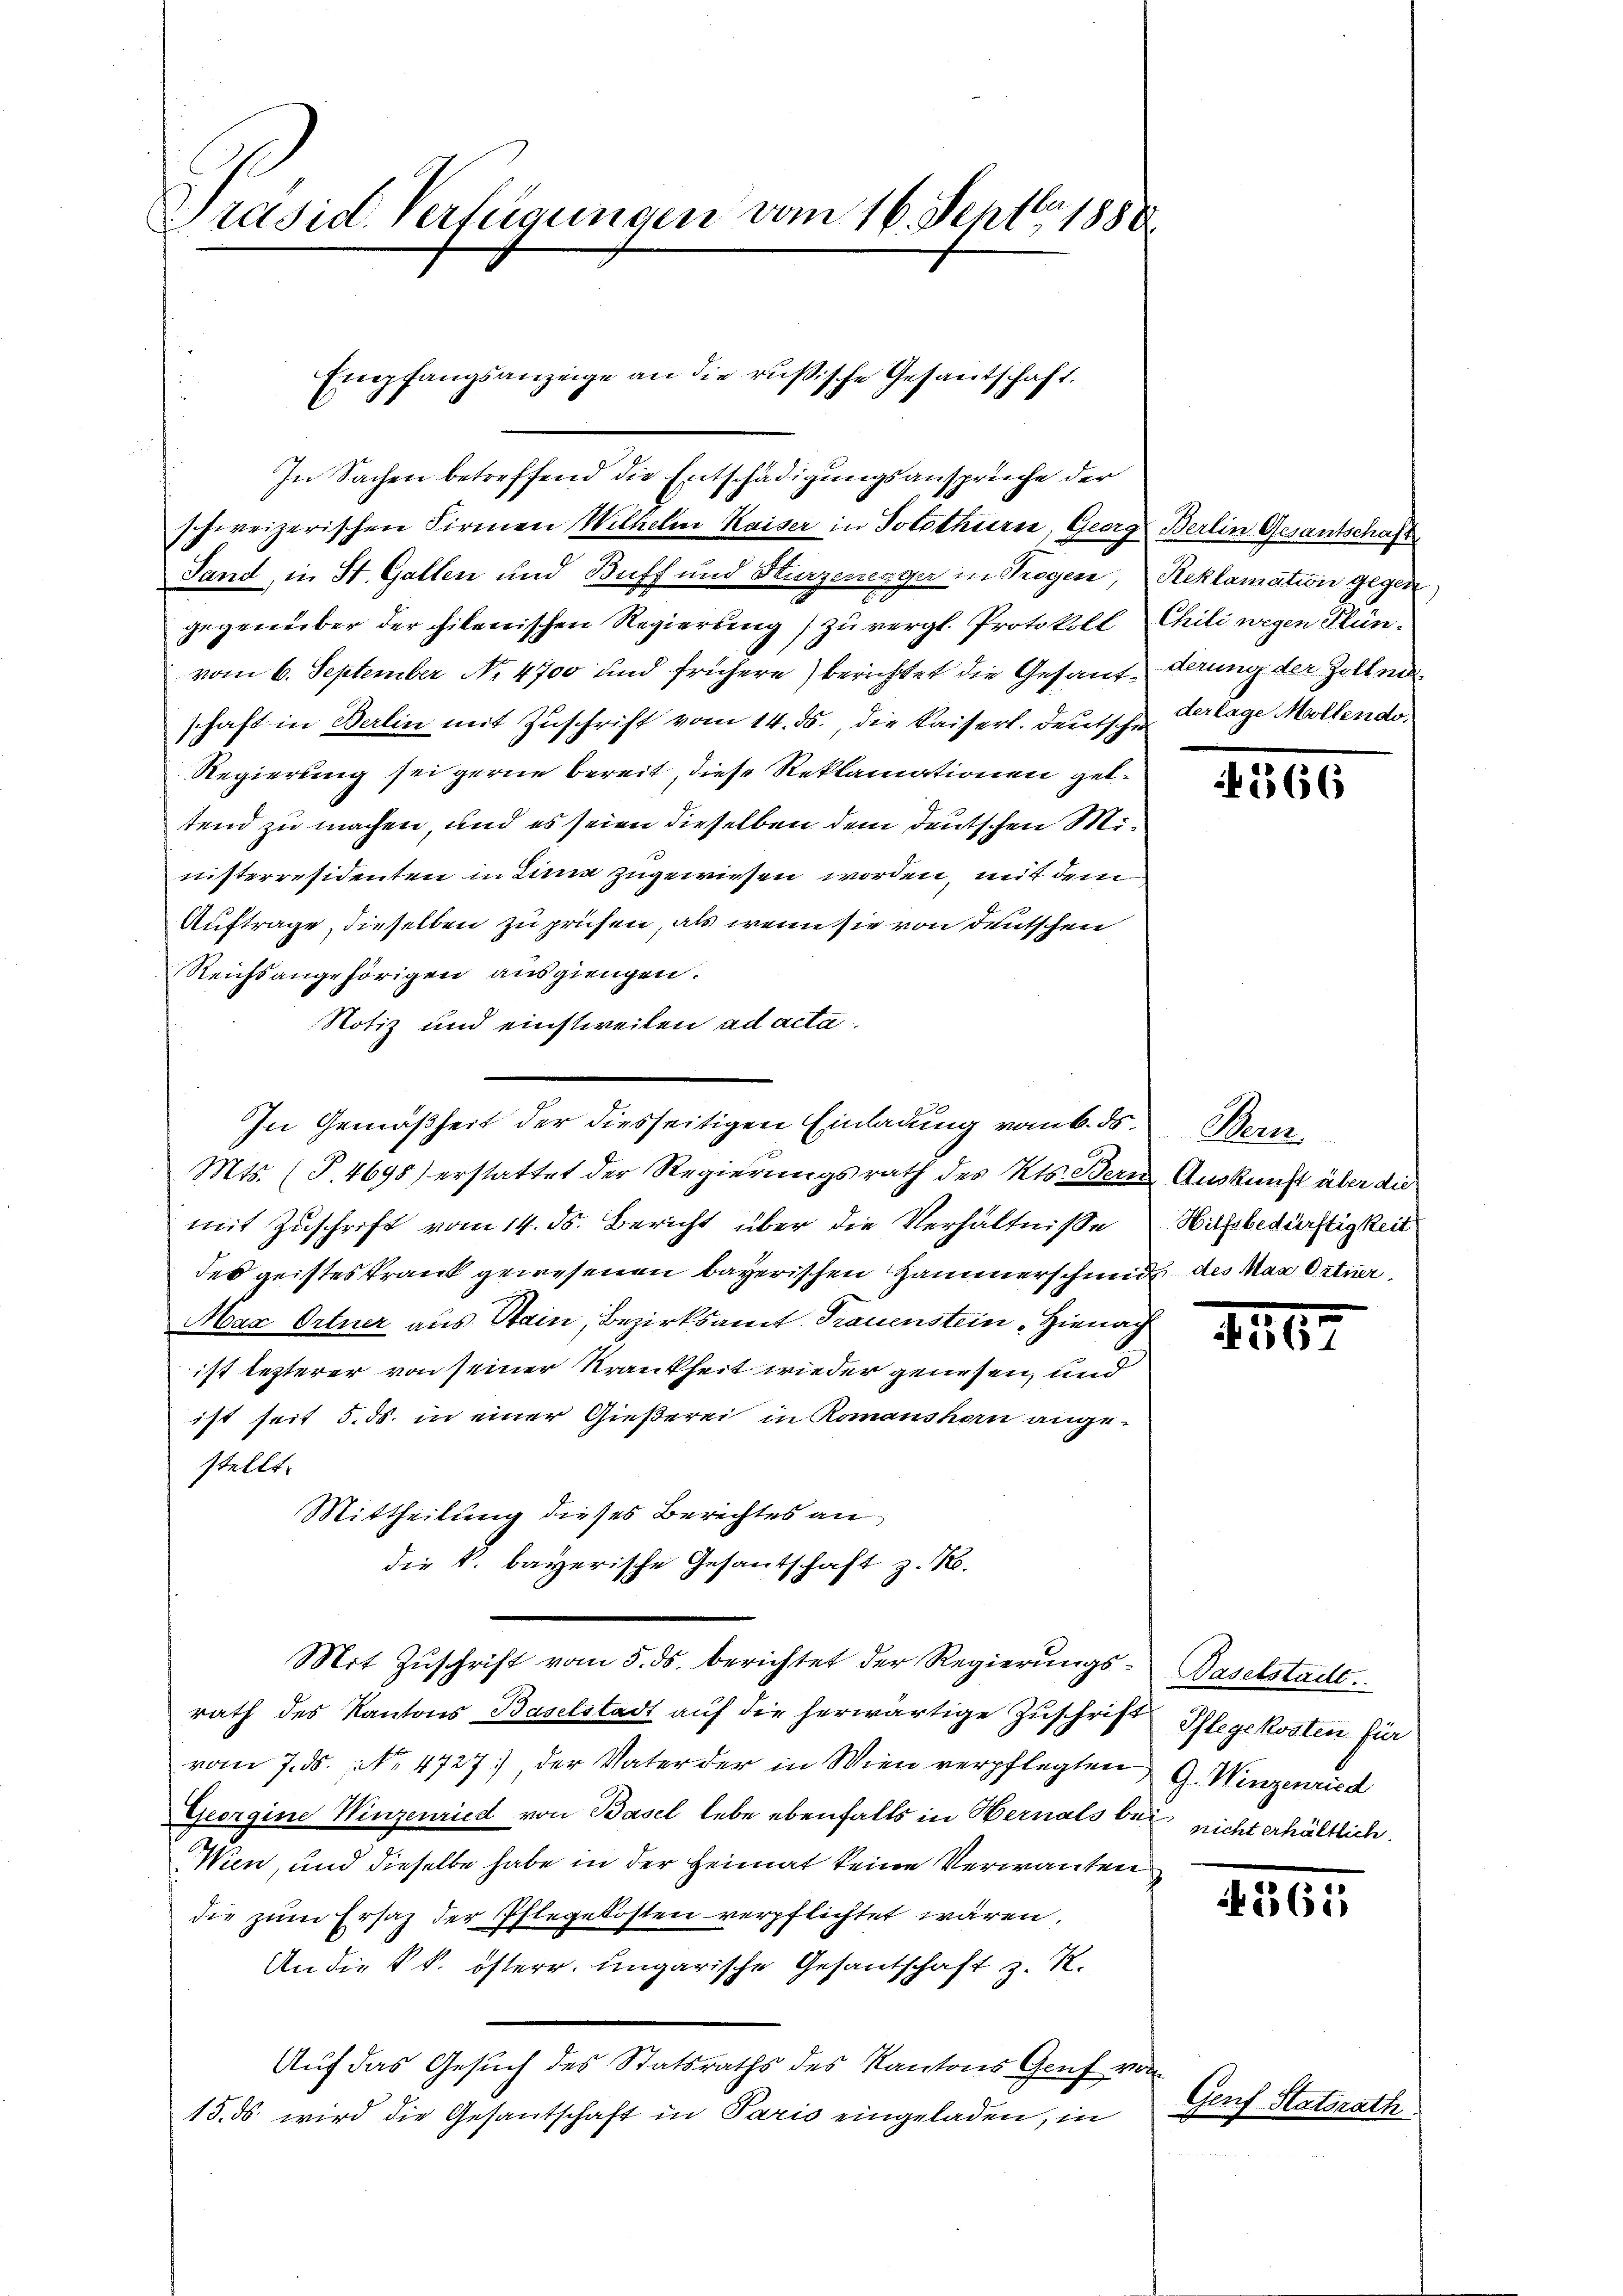
Präsid. Verfügungen vom 16. Septbr. 1888

Empfangsanzeige an die russische Gesantschaft.
In Sachen betreffend die Entschädigungsansprüche der

In Gemäßheit der diesseitigen Einladung vom 6. ds.

schweizerischen Firmen Wilhelm Kaiser in Solothurn, Georg Berlin Gesantschaft
Sand, in St. Gallen und Buff und Sturzenegger in Trogen, Reklamation gegen
gegenüber der hilenischen Regierung) zu vergl. Protokoll Chili wegen Plünvom 6. September No. 4700 und frühere) berichtet die Gesant darung der Zollenschaft in Berlin mit Zuschrift vom 14. ds., die kaiserl. deutsche Verlage Mollendo
Regierung sei gerne bereit, diese Reklamationen geb.
tend zu machen, und es seien dieselben dem deutschen Ministerresidenten in Lina zugewiesen worden, mit dem
Auftrage, dieselben zu prüfen, als wenn sie von deutschen
Reichsangehörigen ausgiengen.
Notiz und einstweilen ad acta.
Mts. (T.4698) erstattet der Regierungsrath des Kts. Bern Auskunft über die
mit Zuschrift vom 14. ds. Bericht über die Verhältnisse
des geisteskrank gewesenen bayerischen Hammerschmutz des Man Ortner
Max Ortner aus Stain, Bezirksamt Trauenstein Hienach
ist lezterer von seiner Krankheit wieder gewesen, und
ist seit 5. ds. in einer Gießerei in Romanshorn ange-
stellt.
Mittheilung dieses Berichtes an
die k. bayerische Gesantschaft z. No.
Mit Zuschrift vom 5. ds. berichtet der Regierungsrath des Kantons Baselstadt aŭf die herwärtige Zŭschrift Pflegekosten für
vom 7. ds. No. 4727), der Vater der in Wien verpflegten G. Wenzenried
Georgine Winzenried von Basel lebe ebenfalls in Hernals bei nicht erhältlich.
Wien, und dieselbe habe in der Heimat keine Verwanten
die zum Ersatz der Pflegekosten verpflichtet wären.
An die kk. österr. ungarische Gesantschaft z. R.
Auf das Gesuch des Statsraths des Kantons Genf von
15. ds wird die Gesantschaft in Paris eingeladen, in

4266

Bern.
Hilfsbedürftigkeit

1567

Baselstadt.

1361

Genf Statsrath